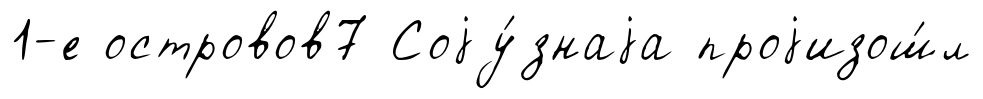
1-е островов7 Соjу́знаjа проjизош́л